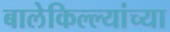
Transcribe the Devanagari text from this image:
बालेकिल्ल्यांच्या